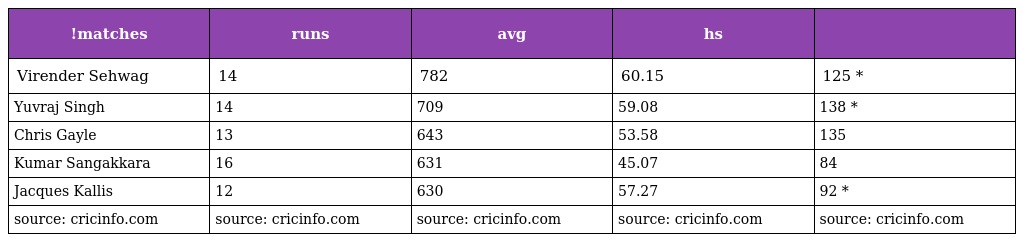
| !matches | runs | avg | hs |  |
 | --- | --- | --- | --- | --- |
 | Virender Sehwag | 14 | 782 | 60.15 | 125 * |
 | Yuvraj Singh | 14 | 709 | 59.08 | 138 * |
 | Chris Gayle | 13 | 643 | 53.58 | 135 |
 | Kumar Sangakkara | 16 | 631 | 45.07 | 84 |
 | Jacques Kallis | 12 | 630 | 57.27 | 92 * |
 | source: cricinfo.com | source: cricinfo.com | source: cricinfo.com | source: cricinfo.com | source: cricinfo.com |